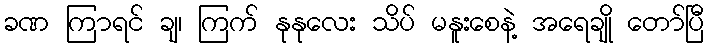
ခဏ ကြာရင် ချ၊ ကြက် နုနုလေး သိပ် မနူးစေနဲ့ အရေချို တော်ပြီ